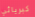
كبريائي